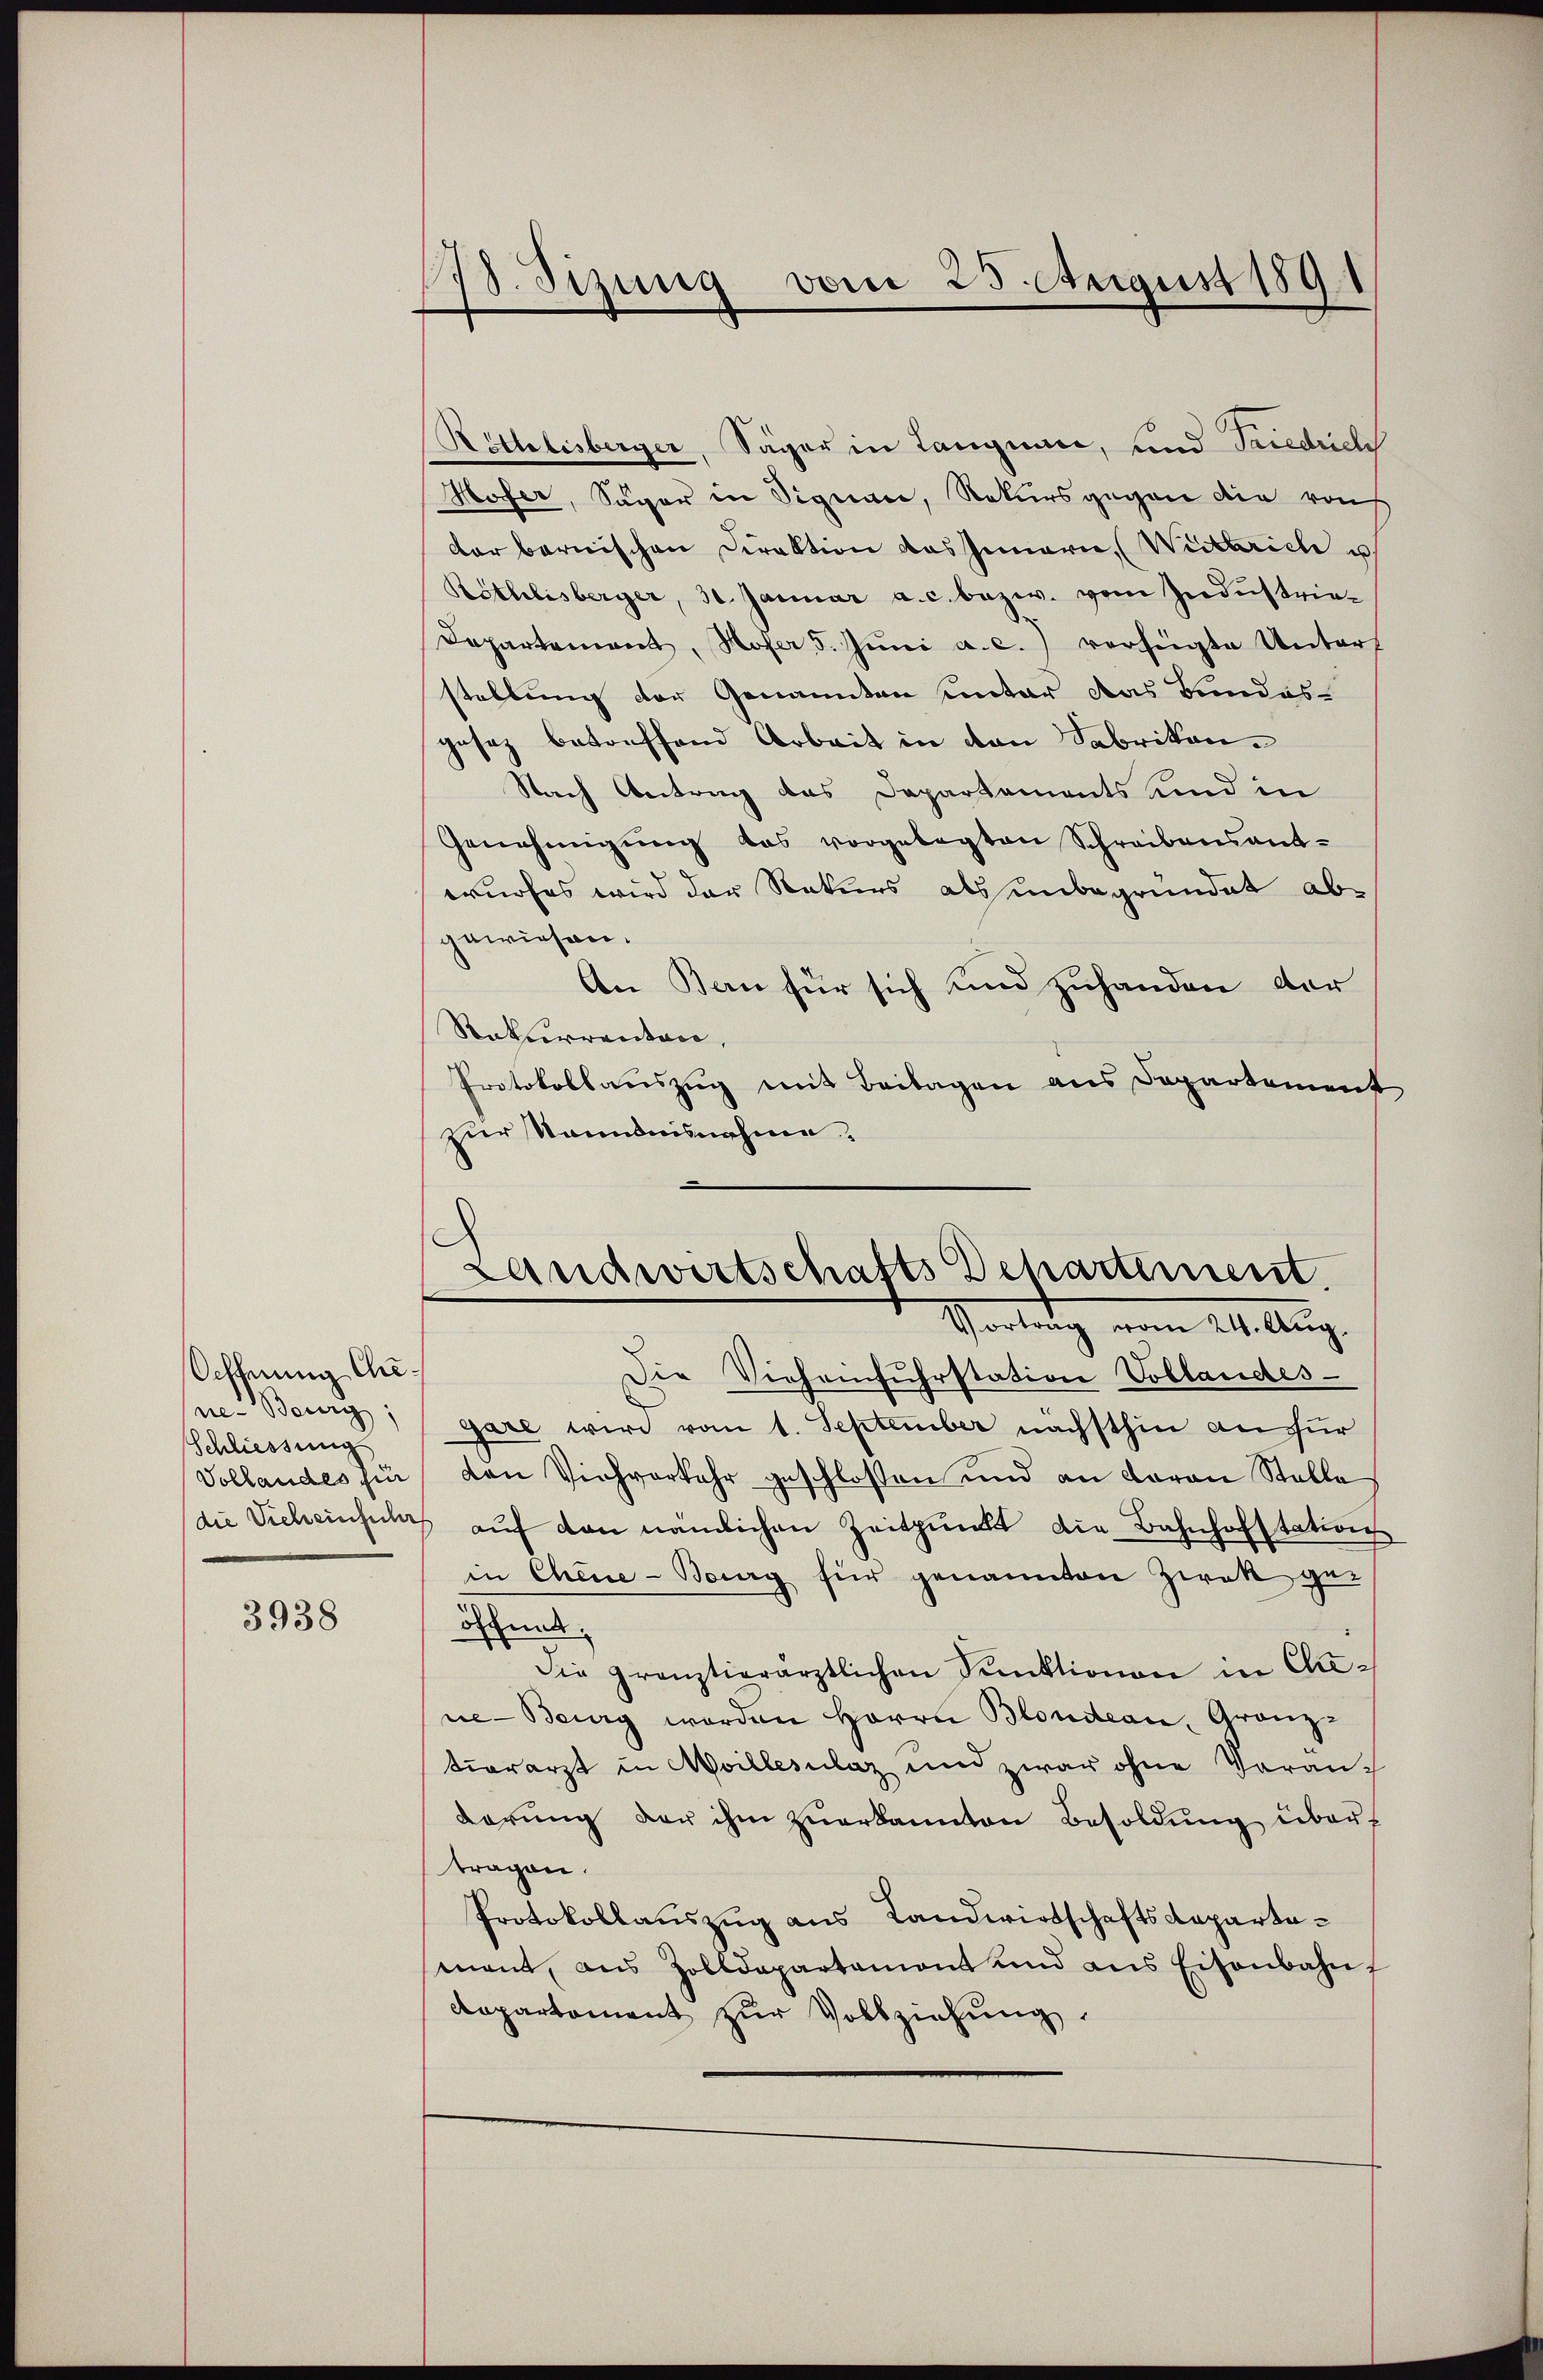
Oeffnung Chr.
ne Beurg;
Schliessung

3938

178. Sizung vom 25. August 1891

Röthlisberger, Säger in Langnade, und Friedrich
Hofer, Säger in Signau, Rekursgegen die rauf
der bernischen Direktion das Innerie, (Wietarich u.
Röthlisberger, 30. Januar a. c. bezw. vom Industrie¬
Departement, Hofer 5. Juni a. c.) verfügte Unters
stellung der Genannten unter das Bundesgesez betreffend Arbeit in den Fabrikon.
Nach Antrag des Departements und in
Genehmigung das vorgelegten Schreibensant-
wurfes wird der Rekurs als unbegründet abgewiesen.
An Bern für sich und zuhanden der
Rekurrenten,
Protokollauszug mit Beilagen aus Departement
zur kanntnisnahme.

Die Vieheinfuhrstation Vollandes-
Gare wird vom 1. September nächsthin an für
Vollandes fin von Viehverkehr geschlossen und an daran Stelle
die Sicheinfuhr aŭf den nämlichen Zeitpunkt die Bahnhofstation
in Chine-Berg für genannten Zwek geöffnet.
die grenztierärztlichen Punktionen in Cine-Berg worden Herrn Blondern, Granz-
tiorarzt in Moillesclaz und zwar ohne Vorandarŭng der ihm zŭerkannten Besoldung übertragen.
Protokollauszug aus Landwirtschaftsdepartamant, aus Zolldepartamont und ans Eisenbahn
departement zur Vollziehung.

Landwirtschafts Dchartement.
Wartung vom 24. Aug.